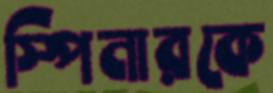
স্পিনারকে